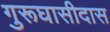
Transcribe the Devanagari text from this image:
गुरूघासीदास